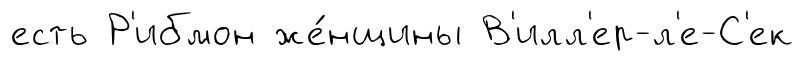
есть Р'ибмон же́нщины В'илл'ер-л'е-С'ек